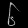
Digit: ၆